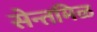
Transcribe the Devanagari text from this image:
सेन्तमिळ